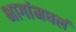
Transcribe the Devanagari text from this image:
भागांमधलं